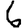
Digit: 6